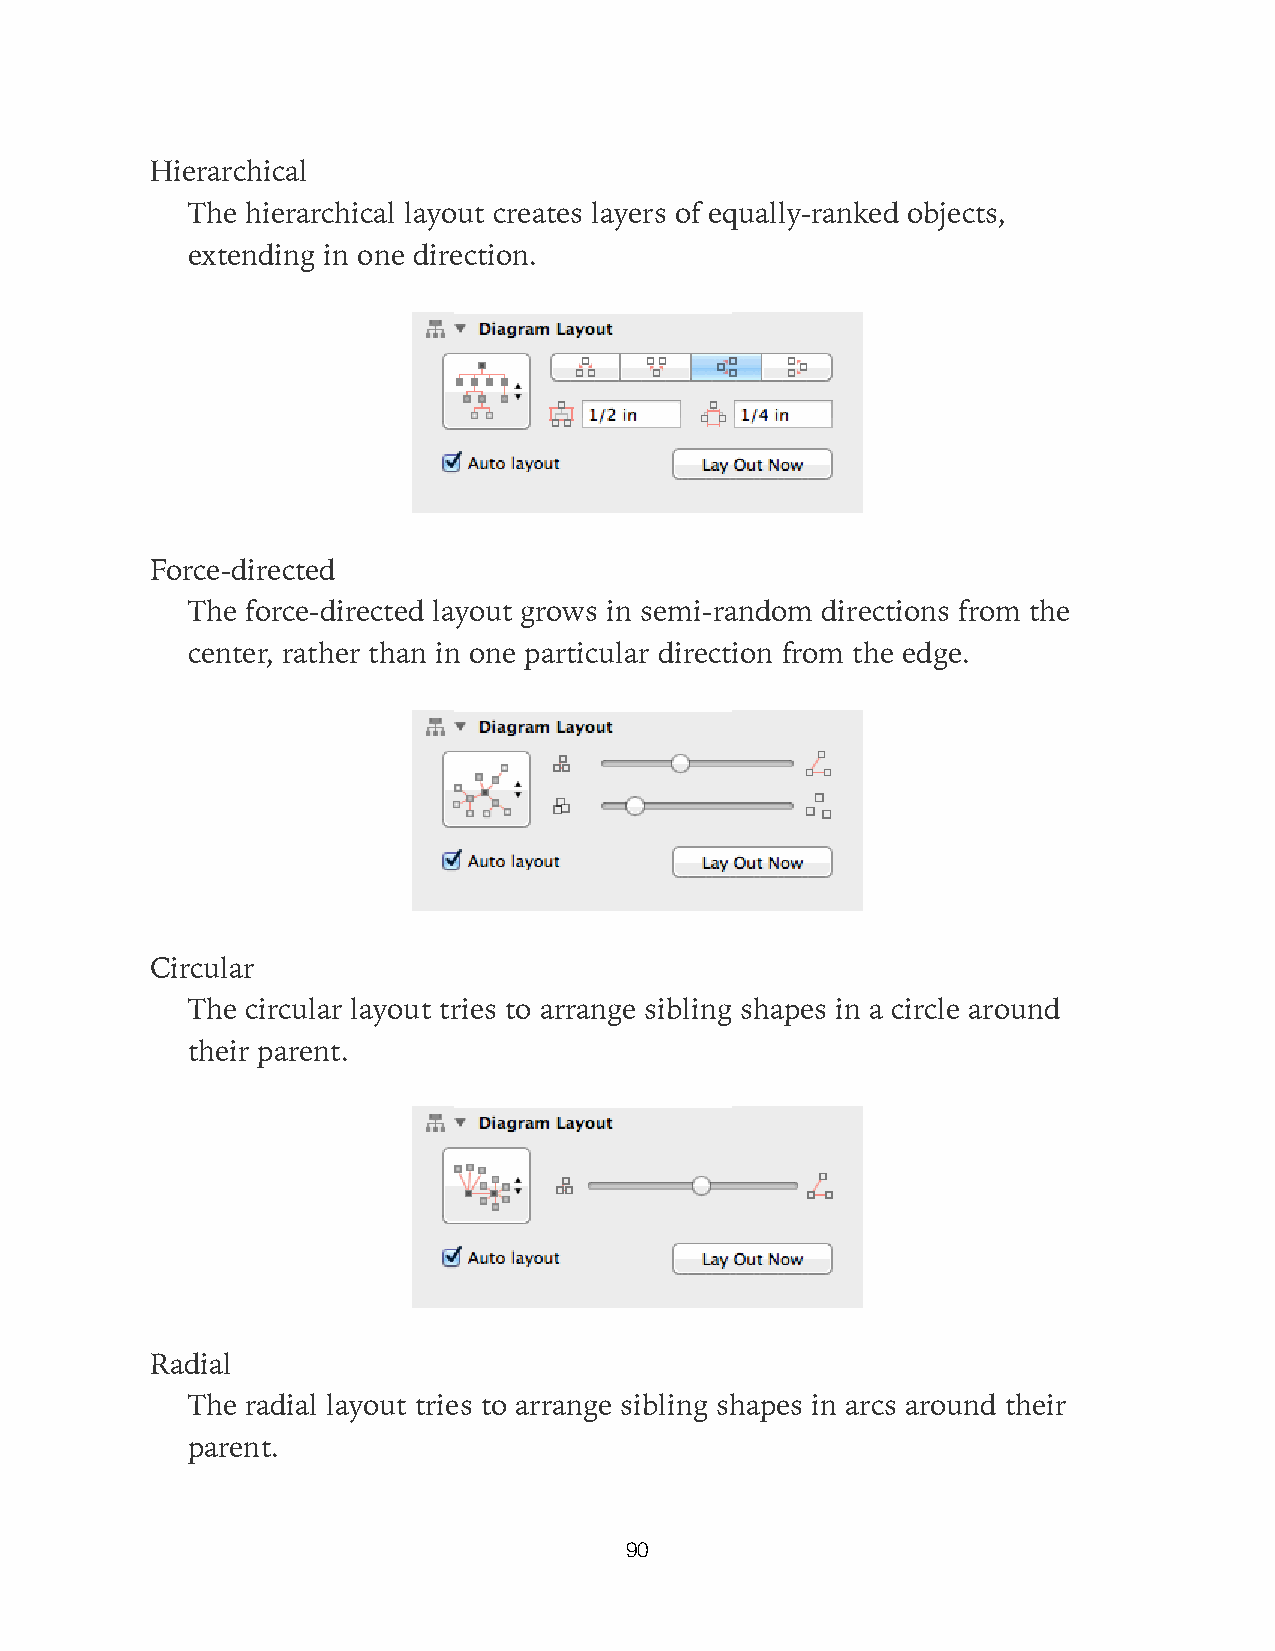
Hierarchical
 The hierarchical layout creates layers of equally-ranked objects,
 extending in one direction.
 Force-directed
 The force-directed layout grows in semi-random directions from the
 center, rather than in one particular direction from the edge.
 Circular
 The circular layout tries to arrange sibling shapes in a circle around
 their parent.
 Radial
 The radial layout tries to arrange sibling shapes in arcs around their
 parent.
 90